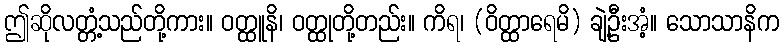
ဤဆိုလတ္တံ့သည်တို့ကား။ ဝတ္ထူနိ၊ ဝတ္ထုတို့တည်း။ ကိရ၊ (ဝိတ္ထာရေမိ) ချဲ့ဦးအံ့။ သောသာနိက